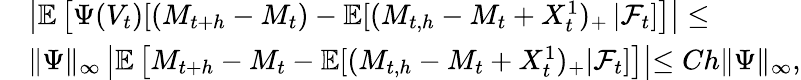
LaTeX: \begin{array}{rl}&{\left|\mathbb{E}\left[\Psi(V_{t})[(M_{t+h}-M_{t})-\mathbb{E}[(M_{t,h}-M_{t}+X_{t}^{1})_{+}\left|\right.{\mathcal F}_{t}]\right]\right|\leq}\\ &{\| \Psi\| _{\infty}\left|\mathbb{E}\left[M_{t+h}-M_{t}-\mathbb{E}[(M_{t,h}-M_{t}+X_{t}^{1})_{+}|{\mathcal F}_{t}]\right]\right|{\leq Ch\| \Psi\| _{\infty}},}\end{array}